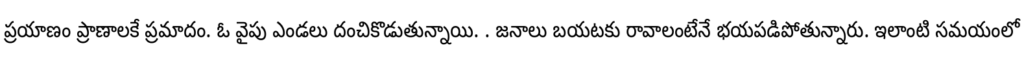
ప్రయాణం ప్రాణాలకే ప్రమాదం. ఓ వైపు ఎండలు దంచికొడుతున్నాయి. . జనాలు బయటకు రావాలంటేనే భయపడిపోతున్నారు. ఇలాంటి సమయంలో